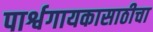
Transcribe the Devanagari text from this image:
पार्श्वगायकासाठीचा